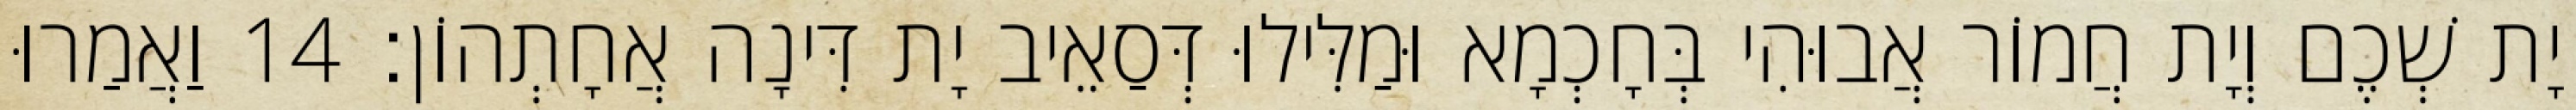
יָת שְׁכֶם וְיָת חֲמוֹר אֲבוּהִי בְּחָכְמָא וּמַלִּילוּ דְּסַאֵיב יָת דִּינָה אֲחָתְהוֹן׃ 14 וַאֲמַרוּ